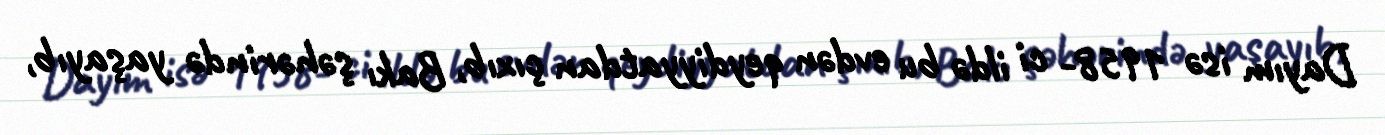
Dayım isə 1958- ci ildə bu evdən qeydiyyatdan çıxıb, Bakı şəhərində yaşayıb,